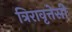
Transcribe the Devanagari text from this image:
त्रिरावृत्तेसी